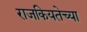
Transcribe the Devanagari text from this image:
राजकियतेच्या